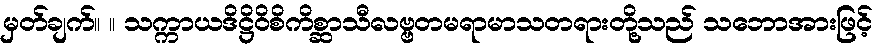
မှတ်ချက်။ ။ သက္ကာယဒိဋ္ဌိဝိစိကိစ္ဆာသီလဗ္ဗတမရာမာသတရားတို့သည် သဘောအားဖြင့်